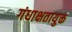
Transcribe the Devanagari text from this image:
गंधाक्षतायुक्त